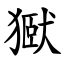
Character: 㺇